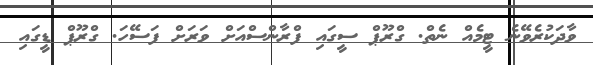
ވާދަކުރެވޭނެ ޓީމެއް ނެތް. ގްރޫޕް ސީގައި ފްރާންސްއަށް ވަރަށް ފަސޭހަ. ގްރޫޕް ޑީގައި